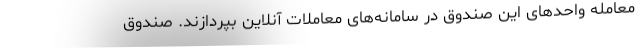
معامله واحدهای این صندوق در سامانه‌های معاملات آنلاین بپردازند. صندوق